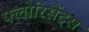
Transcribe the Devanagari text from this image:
फ्लोरिसैंट्स